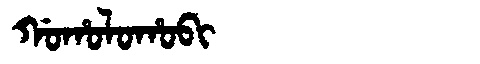
Manchu: ᡤᠣᡥᠣᠯᠣᡥᠣᠪᡳ
Romanization: GOHOLOHOBI